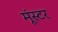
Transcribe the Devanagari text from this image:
मूंस्टर